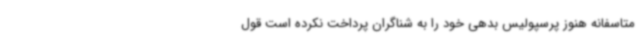
متاسفانه هنوز پرسپولیس بدهی خود را به شناگران پرداخت نکرده است قول